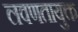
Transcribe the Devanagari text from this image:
लवणतायुक्त